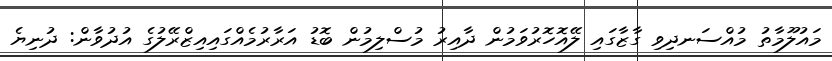
މައުލޫމާތު މުއްސަނދިވި ގާޒާގައި ލޭއޮހޮރުވަމުން ދާއިރު މުސްލިމުން ބޮޑު އަރާރުމެއްގައިއިޒްރޭލުގެ އުދުވާން: ދުނިޔެ